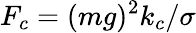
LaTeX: F_{c}=(mg)^{2}k_{c}/\sigma